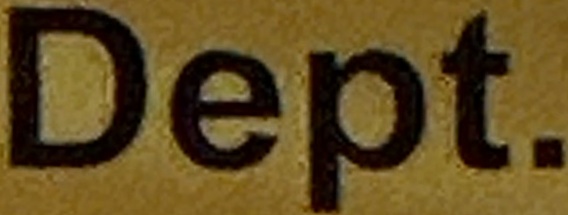
Dept.